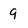
Character: 9